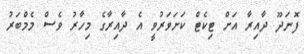
ފޮނަދޫ ދާއިރާ އަށް ޓިކެޓް ކަށަވަރުވީ އެ ދާއިރާގެ މިހާރު ވެސް މެމްބަރު